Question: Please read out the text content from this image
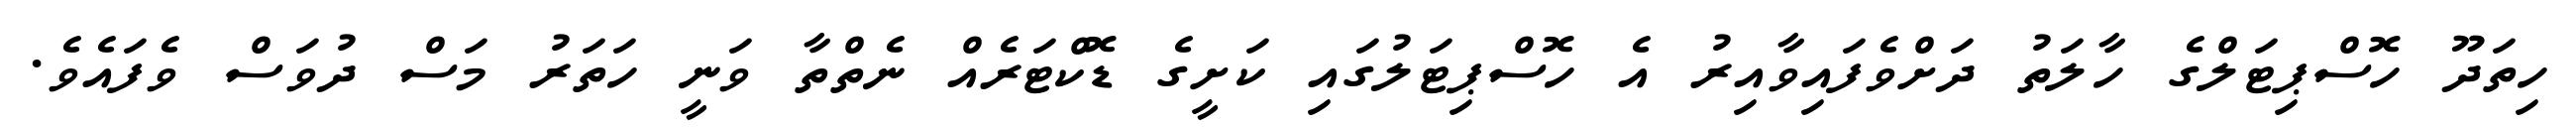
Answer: ހިތަދޫ ހޮސްޕިޓަލްގެ ހާލަތު ދަށްވެފައިވާއިރު އެ ހޮސްޕިޓަލުގައި ކަށީގެ ޑޮކްޓަރެއް ނެތްތާ ވަނީ ހަތަރު މަސް ދުވަސް ވެފައެވެ.